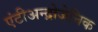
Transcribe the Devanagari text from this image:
एंटीअन्द्रोजेनिक